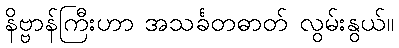
နိဗ္ဗာန်ကြီးဟာ အသင်္ခတဓာတ် လွမ်းနွယ်။